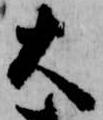
大